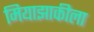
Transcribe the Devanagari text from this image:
मियाझाकीला